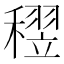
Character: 𥡪